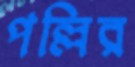
পল্লির